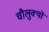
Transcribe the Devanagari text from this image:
चौलुक्यों